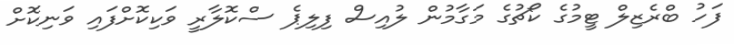
ފަހު ބްރެޒިލް ޓީމުގެ ކޯޗުގެ މަގާމުން ލުއިސް ފިލިޕެ ސްކޮލާރީ ވަކިކޮށްފައި ވަނިކޮށް